Civil Veterinary Department Bengal reports 1933-51 - 1933-1951
Year: 1933
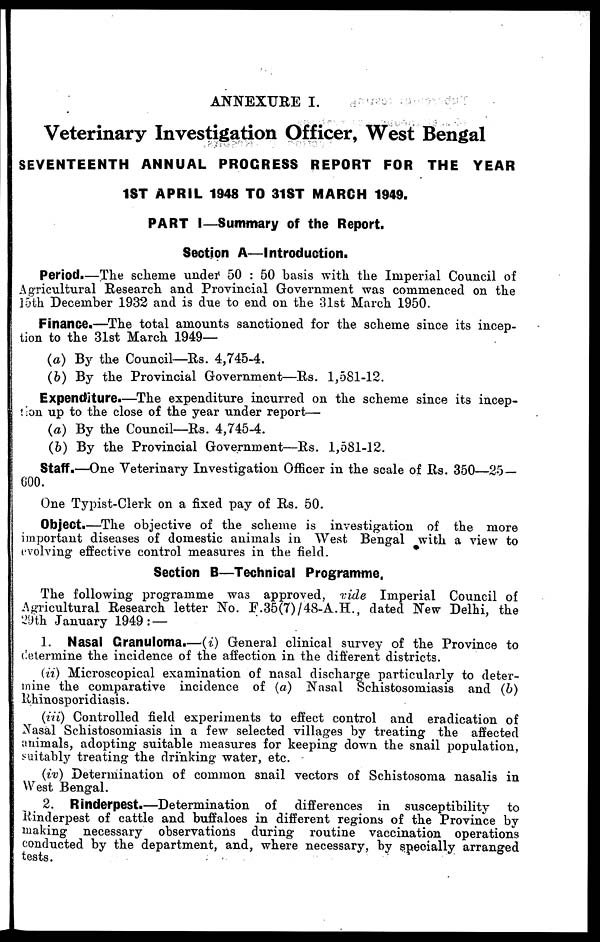
ANNEXURE I.
Veterinary Investigation Officer, West Bengal
SEVENTEENTH ANNUAL PROGRESS REPORT FOR THE YEAR
1ST APRIL 1948 TO 31ST MARCH 1949.
PART I—Summary of the Report.
Section A—Introduction.
Period.—The scheme under 50 : 50 basis with the Imperial Council of
Agricultural Research and Provincial Government was commenced on the
15th December 1932 and is due to end on the 31st March 1950.
Finance.—The total amounts sanctioned for the scheme since its incep-
tion to the 31st March 1949—
(a) By the Council—Rs. 4,745-4.
(b) By the Provincial Government—Rs. 1,581-12.
Expenditure.—The expenditure incurred on the scheme since its incep-
tion up to the close of the year under report—
(a) By the Council—Rs. 4,745-4.
(b) By the Provincial Government—Rs. 1,581-12.
Staff.—One Veterinary Investigation Officer in the scale of Rs. 350—25 —
G00.
One Typist-Clerk on a fixed pay of Rs. 50.
Object.—The objective of the scheme is investigation of the more
important diseases of domestic animals in West Bengal with a view to
evolving effective control measures in the field.
Section B—Technical Programme.
The following programme wa3 approved, rule Imperial Council of
Agricultural Research letter No. F.35(7)/48-A.H., dated New Delhi, the
29th January 1949 : —
1. Nasal Granuloma.—(i) General clinical survey of the Province to
determine the incidence of the affection in the different districts.
(ii) Microscopical examination of nasal discharge particularly to deter-
mine the comparative incidence of (a) Nasal Schistosomiasis and (b)
Rhinosporidiasis.
(iii) Controlled field experiments to effect control and eradication of
Nasal Schistosomiasis in a few selected villages by treating the affected
animals, adopting suitable measures for keeping down the snail population,
suitably treating the drinking water, etc.
(iv) Determination of common snail vectors of Schistosoma nasalis in
West Bengal.
2. Rinderpest.—Determination of differences in susceptibility
to
Rinderpest of cattle and buffaloes in different regions of the Province by
making necessary observations during routine vaccination operations
conducted by the department, and, where necessary, by specially arranged
tests.